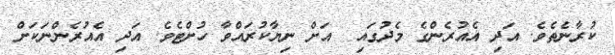
ކުރާނެތެވެ. އަދި އެއުރެންގެ މެދުގައި  އަށް ނިޔާކުރައްވާ ހުށްޓެވެ. އަދި އެއުރެންނަކަށް